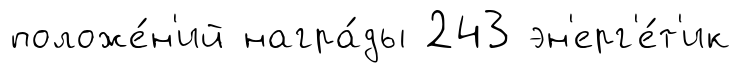
положе́н'ий награ́ды 243 эн'ерг'е́т'ик